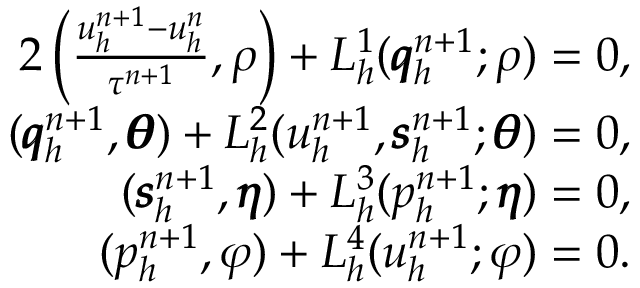
\begin{array} { r } { { 2 } \left( \frac { u _ { h } ^ { n + 1 } - u _ { h } ^ { n } } { \tau ^ { n + 1 } } , \rho \right) + L _ { h } ^ { 1 } ( \pmb { q } _ { h } ^ { n + 1 } ; \rho ) = 0 , } \\ { ( \pmb { q } _ { h } ^ { n + 1 } , \pmb { \theta } ) + L _ { h } ^ { 2 } ( u _ { h } ^ { n + 1 } , \pmb { s } _ { h } ^ { n + 1 } ; \pmb { \theta } ) = 0 , } \\ { ( \pmb { s } _ { h } ^ { n + 1 } , \pmb { \eta } ) + L _ { h } ^ { 3 } ( p _ { h } ^ { n + 1 } ; \pmb { \eta } ) = 0 , } \\ { ( p _ { h } ^ { n + 1 } , \varphi ) + L _ { h } ^ { 4 } ( u _ { h } ^ { n + 1 } ; \varphi ) = 0 . } \end{array}